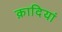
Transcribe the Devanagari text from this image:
क़ादियां